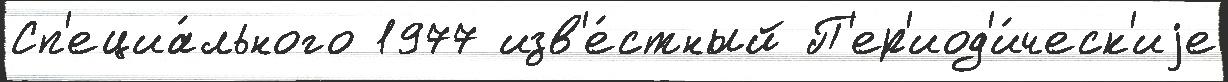
Сп'ециа́льного 1977 изв'е́стный П'ер'иод'и́ческ'иjе